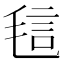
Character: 𰚝